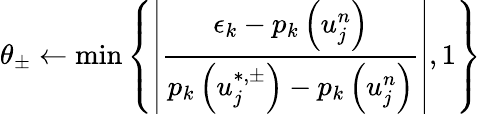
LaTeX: \theta_{\pm}\gets\operatorname*{min}\left\{ \left|\frac{\epsilon_{k}-p_{k}\left(u_{j}^{n}\right)}{p_{k}\left(u_{j}^{\ast,\pm}\right)-p_{k}\left(u_{j}^{n}\right)}\right|,1\right\}